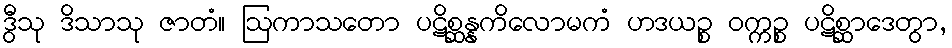
ဒွီသု ဒိသာသု ဇာတံ။ ဩကာသတော ပဋိစ္ဆန္နကိလောမကံ ဟဒယဉ္စ ဝက္ကဉ္စ ပဋိစ္ဆာဒေတွာ,